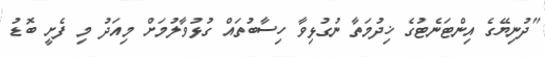
"ދުނިޔޭގެ އިންޓަނެޓުގެ ޚިދުމަތާ ނުގުޅިވާ ހިސާބުތައް ގުޅުވާލުމަށް މިއަދު މި ފެށީ ބޮޑު